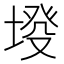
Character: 𡍰